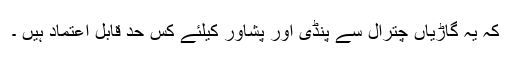
کہ یہ گاڑیاں چترال سے پنڈی اور پشاور کیلئے کس حد قابل اعتماد ہیں ۔